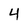
Character: 4